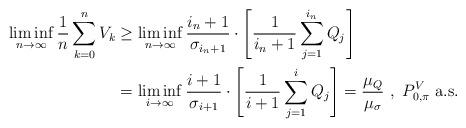
LaTeX: \begin{align*}\liminf_{n \to \infty} \frac{1}{n} \sum_{k = 0}^n V_k&\geq \liminf_{n \to \infty} \frac{i_n + 1}{\sigma_{i_n + 1}} \cdot \left[ \frac{1}{i_n + 1} \sum_{j = 1}^{i_n} Q_j \right]\\&= \liminf_{i \to \infty} \frac{i+1}{\sigma_{i+1}} \cdot \left[ \frac{1}{i+1} \sum_{j = 1}^{i} Q_j \right]= \frac{\mu_{Q}}{\mu_{\sigma}}~,~ P_{0,\pi}^V ~ \mbox{a.s.}\end{align*}